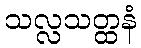
သလ္လသတ္ထနံ